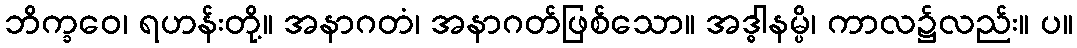
ဘိက္ခဝေ၊ ရဟန်းတို့။ အနာဂတံ၊ အနာဂတ်ဖြစ်သော။ အဒ္ဓါနမ္ပိ၊ ကာလ၌လည်း။ ပ။